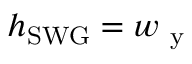
h _ { \mathrm { S W G } } = w _ { \mathrm { ~ y ~ } }